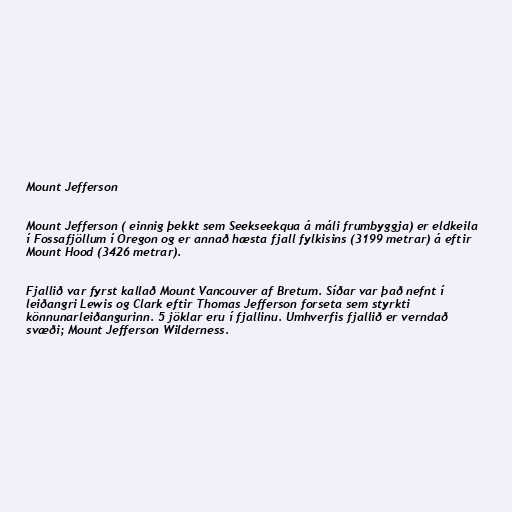
Mount Jefferson

Mount Jefferson ( einnig þekkt sem Seekseekqua á máli frumbyggja) er eldkeila
í Fossafjöllum í Oregon og er annað hæsta fjall fylkisins (3199 metrar) á eftir
Mount Hood (3426 metrar).

Fjallið var fyrst kallað Mount Vancouver af Bretum. Síðar var það nefnt í
leiðangri Lewis og Clark eftir Thomas Jefferson forseta sem styrkti
könnunarleiðangurinn. 5 jöklar eru í fjallinu. Umhverfis fjallið er verndað
svæði; Mount Jefferson Wilderness.